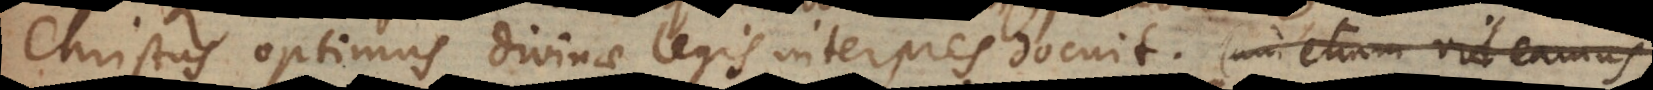
Christus optimus divinae legis interpres docuit. Cum etiam videamus